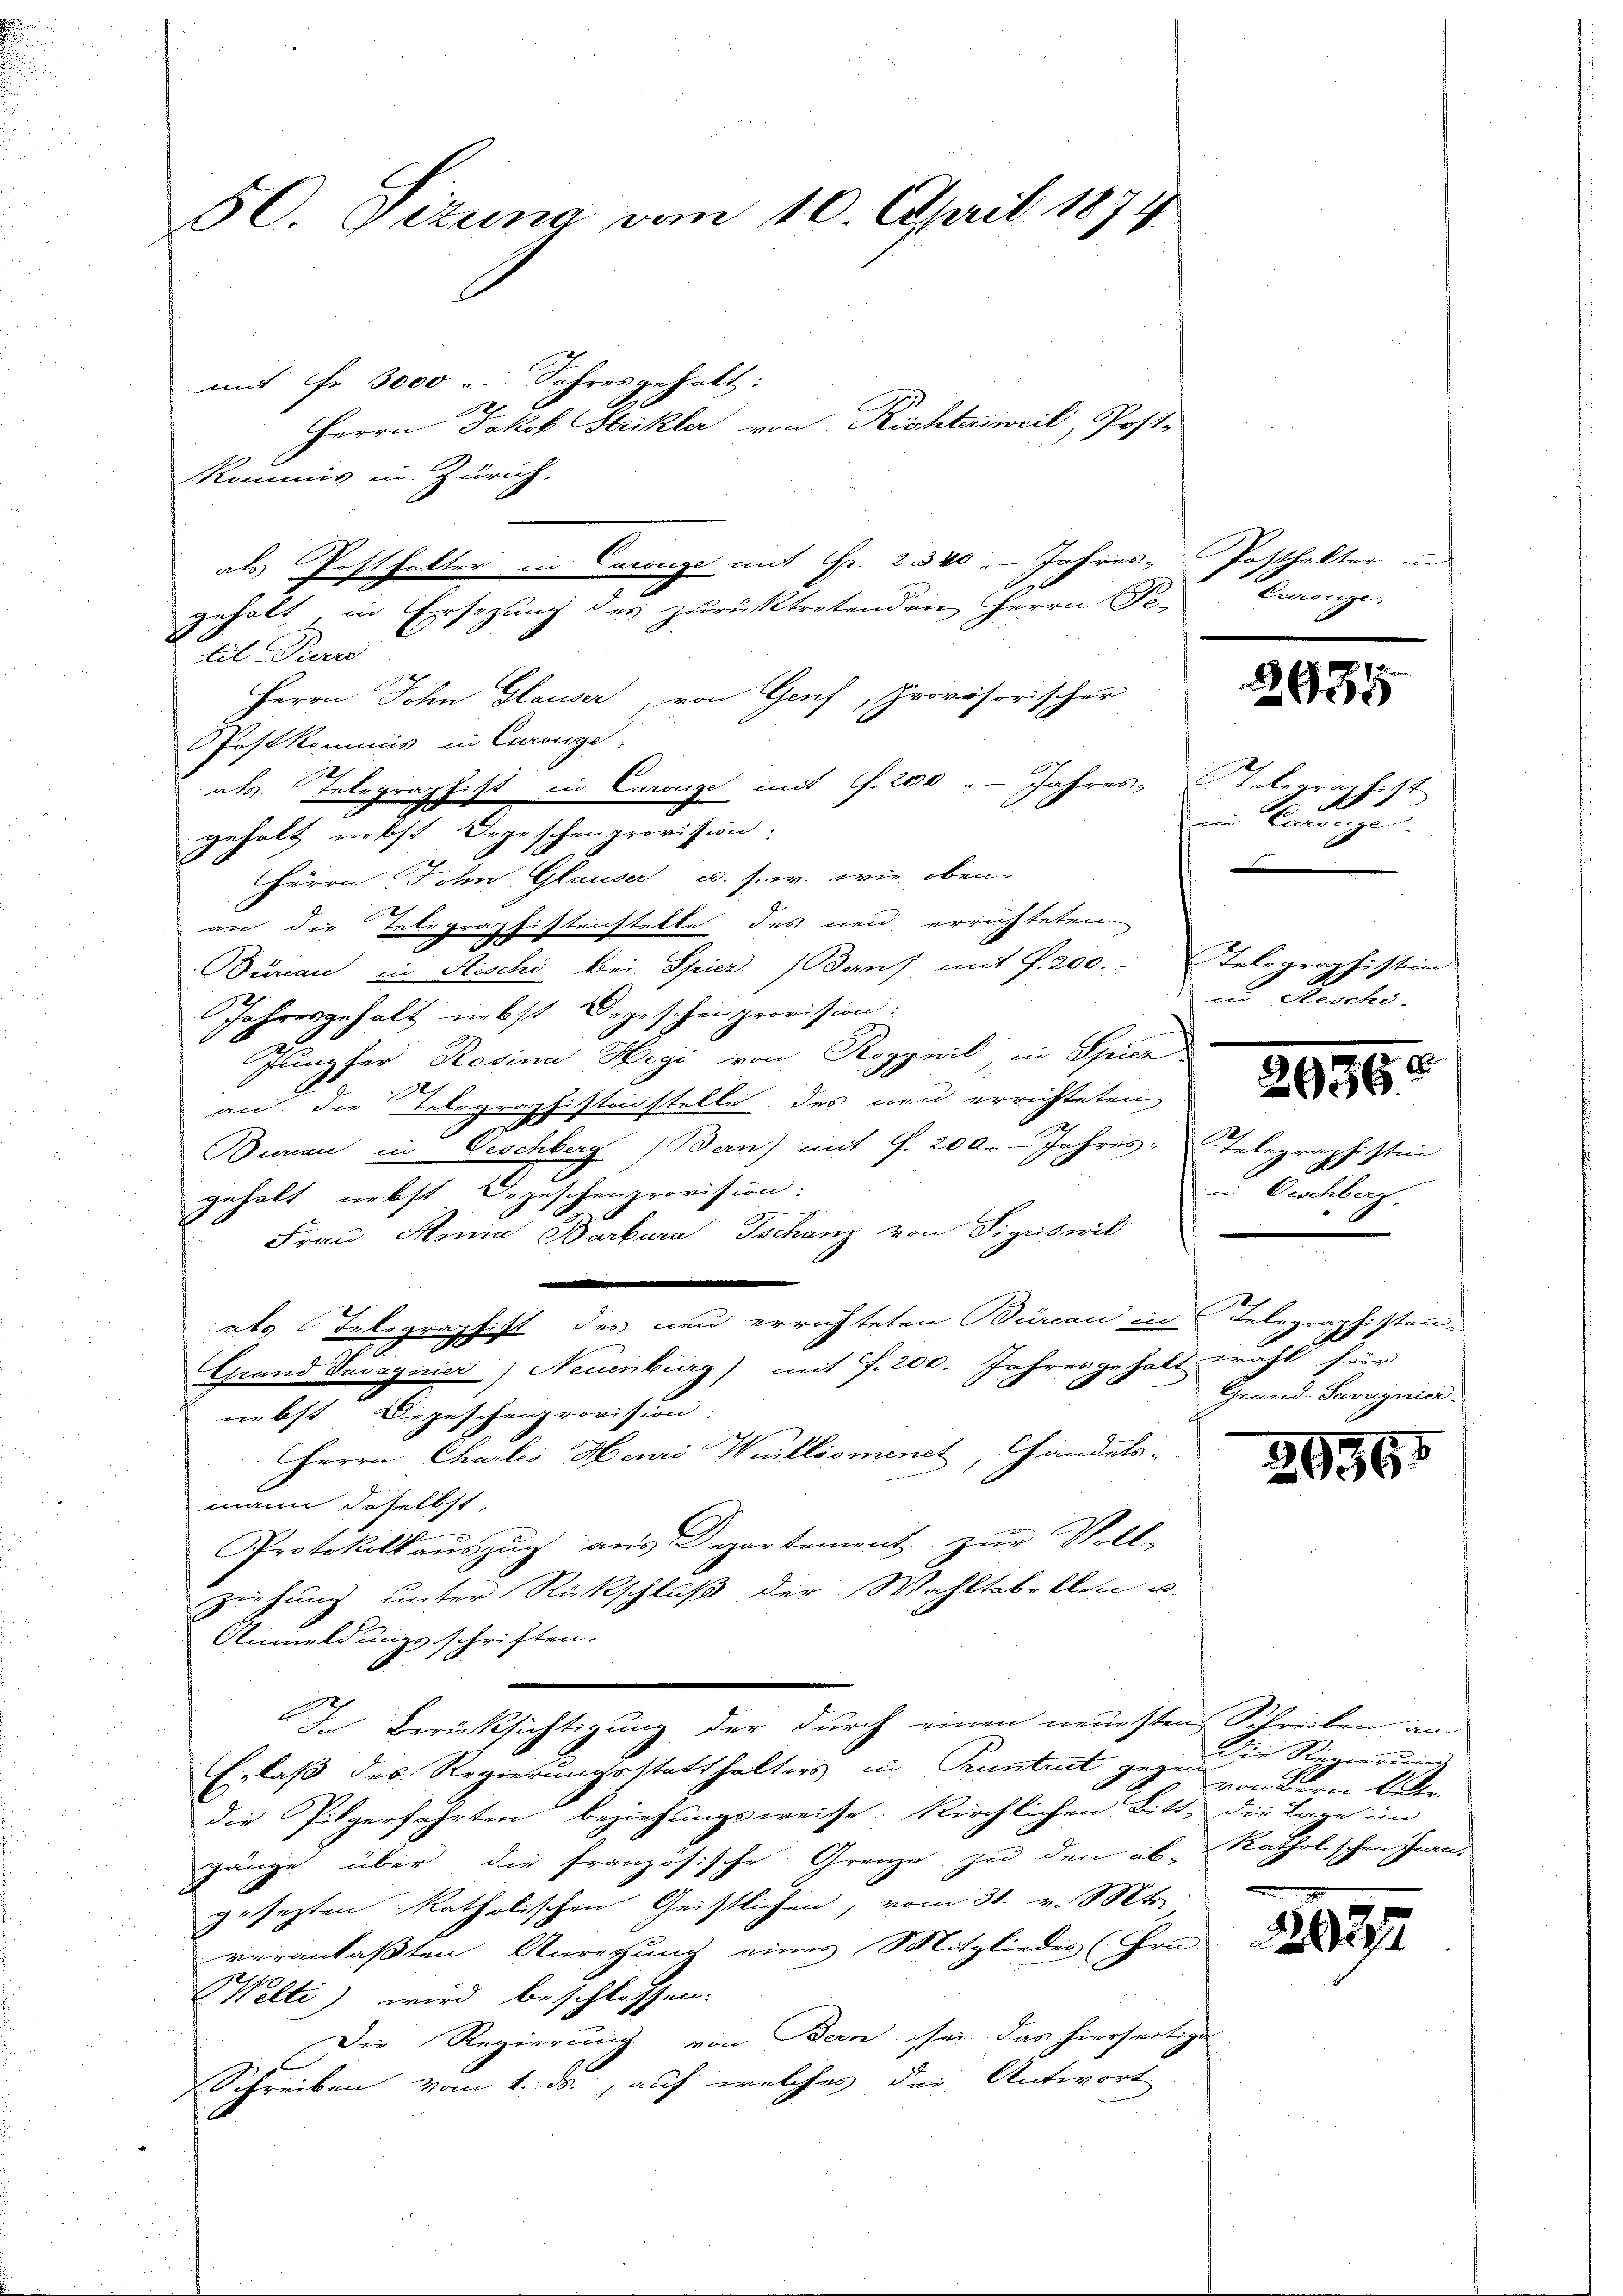
50. Gizung vom 10. April 1874.

mit Fr. 3000 - Jahresgehalt:
Herrn Jakob Strikler von Richter weil, Post.
Kommis in Zürich.
als Posthalter in Carnge mit Fr. 2340. Jahres, Posthalter u.
gehalt, in Ersezung des zurücktretenden Herrn Pe-
til diese
Herrn John Glauser, von Genf, Provisorischer
Postkommis in Carige.
als Telegraphist in Carige mit S. 200 " - Jahres Telegraphist
gehalt nebst. Depeschenprovision
Herrn John Glauser u. s. w. wie oben
an die Telegraphistenstelle des neu errichteten
Durau in Steschi bei. Spier. (Berns, mit f. 200. Telegraphistin
Jahresgehalt nebst Degeschen provision:
Jungfer Rosina Hegi von Roggwil in Spiez
an. Die Telegraphisterstelle des neu errichteten
.
Buren in Vischberg (Bern) mit f. 200. Jahres-Telegraphistin
gehalt, nebst Oezuschenprovision.
Frau Anna Barbara Tschanz von Sigriswil

als Telegraphist des neu errichteten Burcan in Telegraphisten¬
Grand Juvagnier) Neuenburg) mit J. 200. Jahresgehalt wohl für
e
nebst Depeschenprovision
Herrn Chartes Henri Williomenet, handela-
mann daselbst
Protokoll aŭszŭg aŭs Departement. zŭr Voll-
ziehung unter Rückschluß der Wahltabellen u.
Anmeldungsschriften.
i
In Berücksichtigung der durch einen neuesten Schreiben an
Erlaß des Regierungsstatthalters in Kuntrut gegen
1
die Pilgerfahrten beziehungsweise. Kirchlichen Bitt, die Lage im
gänge über die französische Grenze zu den ab, katholischen Juan,
gesezten katholischen Geistlichen, vom 31. v. Mts.
veranlaßten Anregung eines Mitgliedes (Gra
Welti wird beschlossen:
Die Regierung von Bern sei das hierseitige
Schreiben vom 1. ds., auf welches der Antwort

Coronze

2935

Kege
dei Caronja
e
in Aescho-

2956.

in Oeschberg,
Grund-Savagnier.

29965

Die Spizierung
von Bern betr.

2027